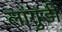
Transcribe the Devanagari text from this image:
लांगुडी